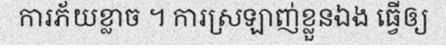
ការភ័យខ្លាច ។ ការស្រឡាញ់ខ្លួនឯង ធ្វើឲ្យ